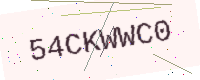
Text: 54CKWWC0